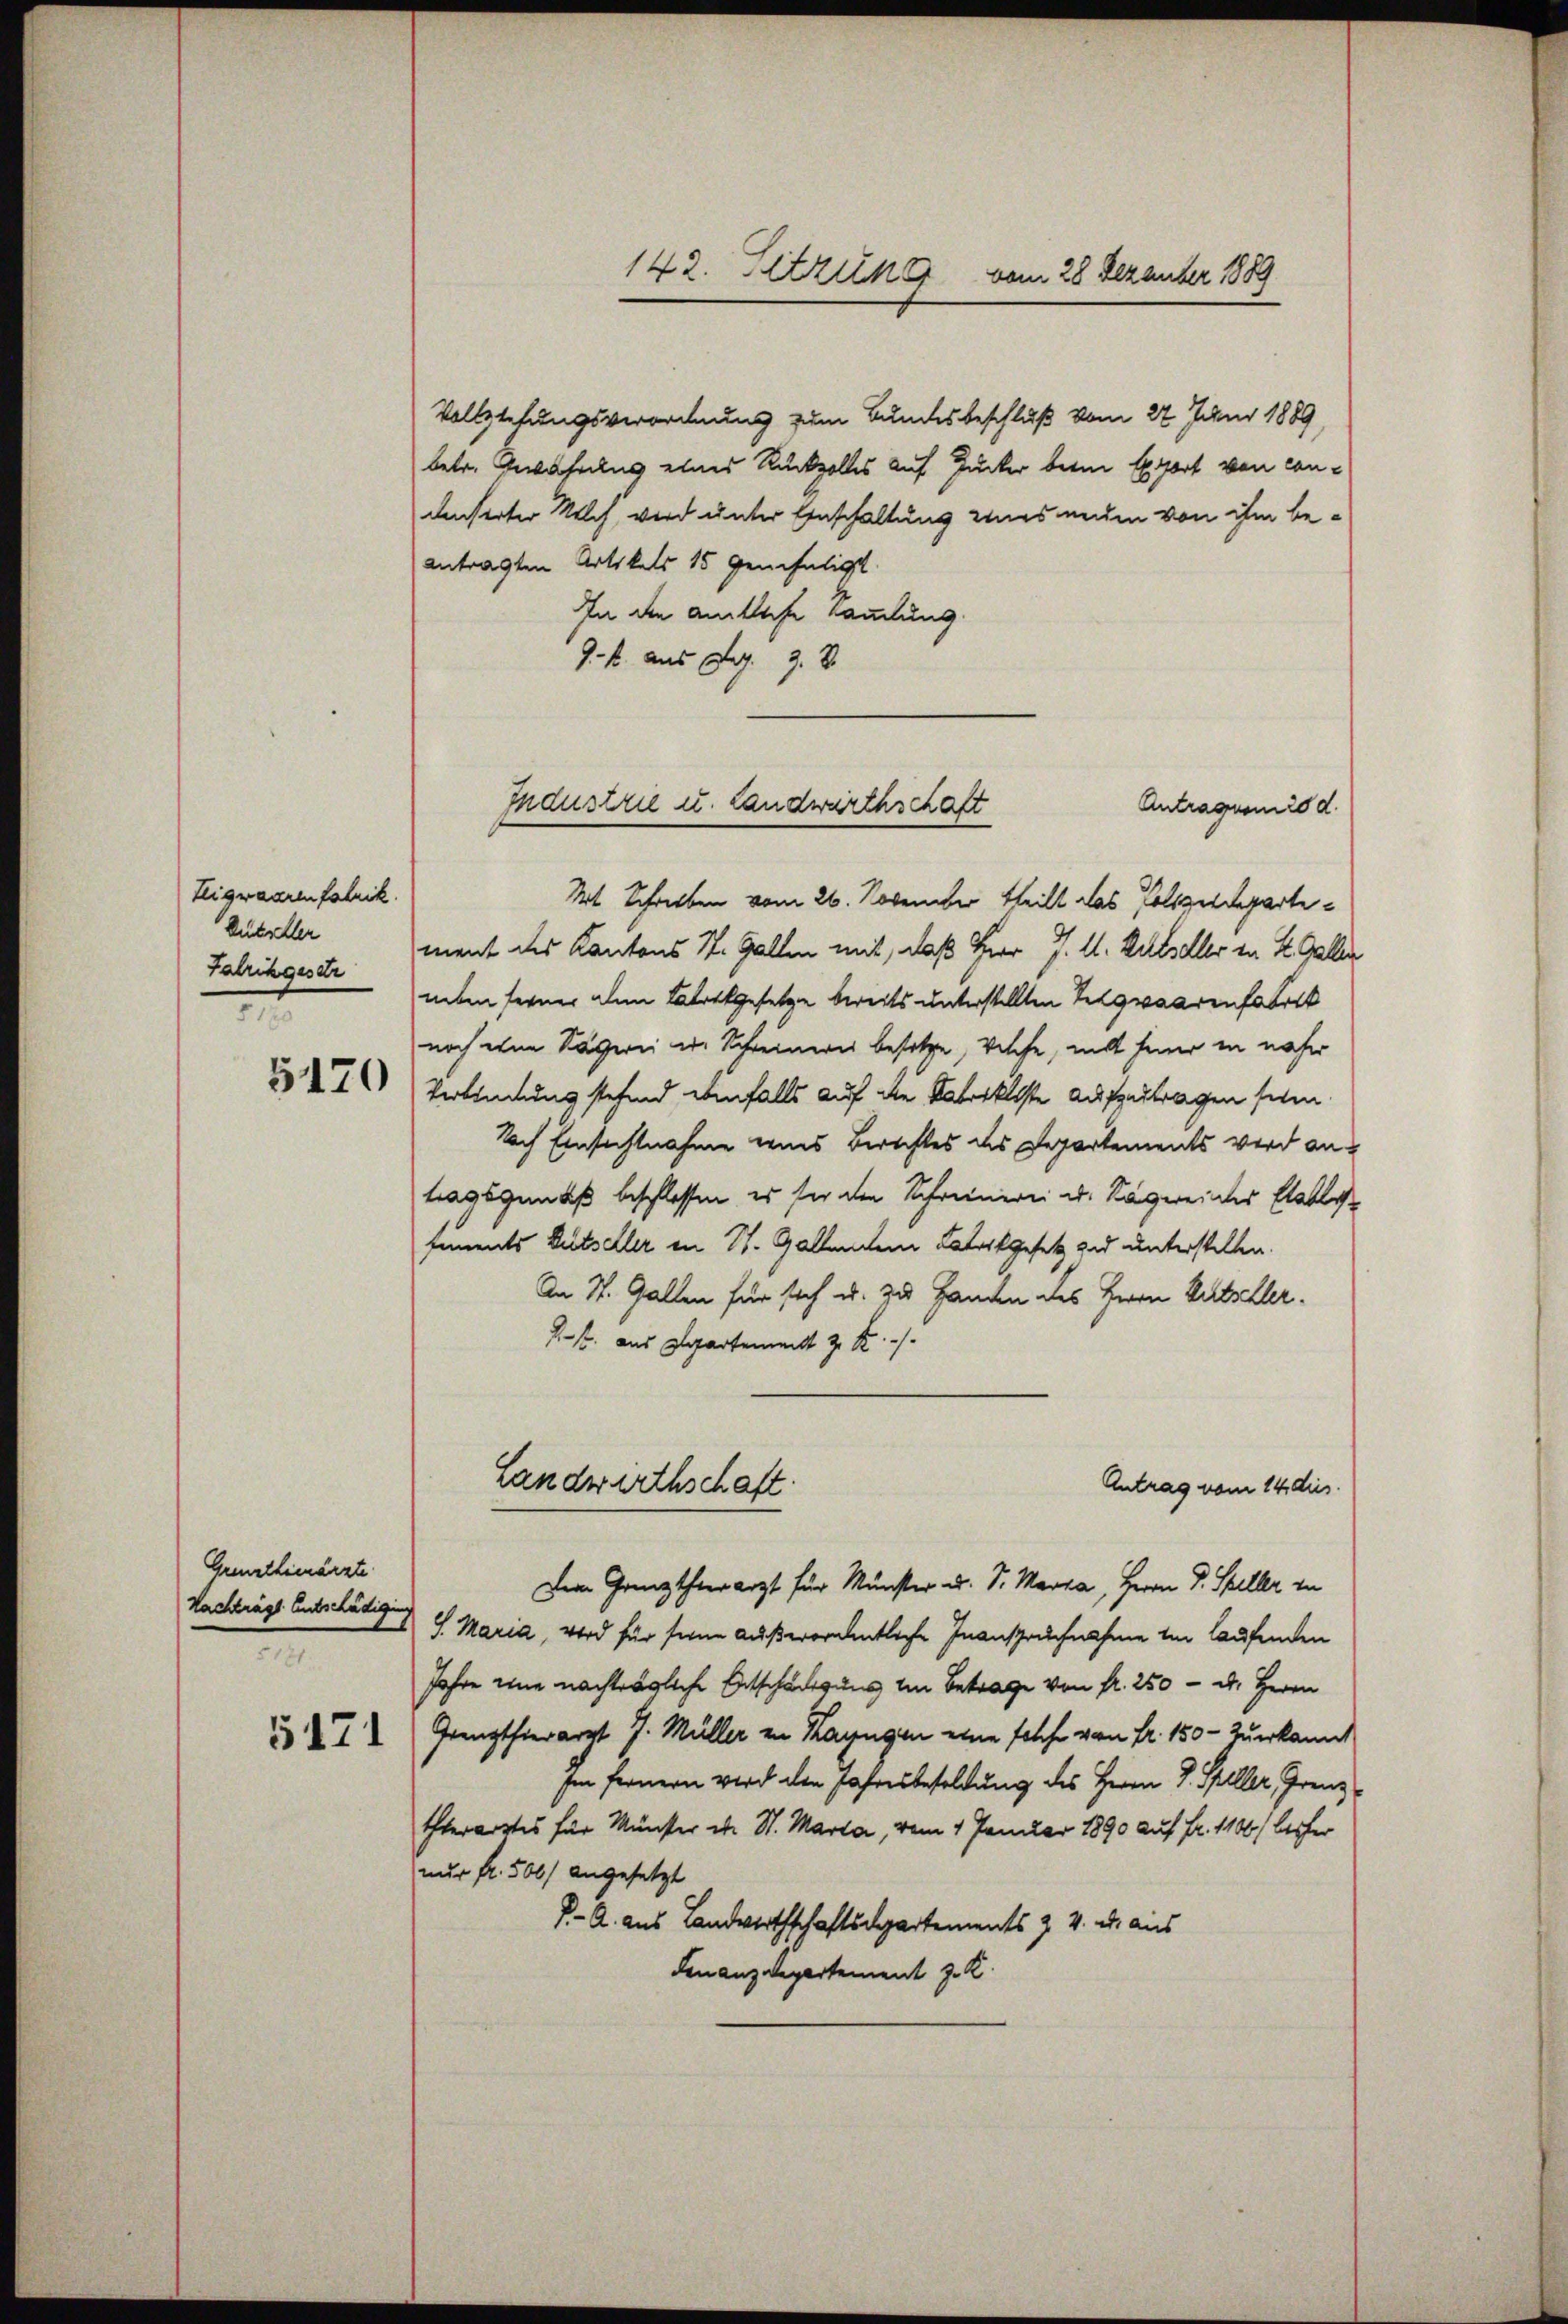
Teigwaarenfabrik.
Auteller
Fabrikgesetz
.

5170

Grenzthimärzte
Nachträgt Entschädigun
5181
5171

Vollziehungsverordnung zum Bundesbeschluß vom 22. Juni 1889,
betr. Gewahrung eines Rückzolles auf Zucker beim Export von conunserter Milch, wird unter Anschaltung uns num von ihm beantragten Artikels 15 genehmigt.
In die amtliche Sammlung.
9. k. aus Aug. 3. 8
Antragsonis d.
Kt. Schreiben vom 26. November theilt das Polzespartement des Kantons St. Gallen mit, daß Herr J. A. Kulsdler in St. Galler
neben ferner den Fabrikgesetze bereits unterstellten Teigwaarenfabrik
noch eine Sägerei u. Schreinern besetze, welche, mit feine in naher
Verbindung stehend einfalls auf die Fabrikiste aufzertragen sein
Nach Einsichtnahme eines Berechtes des Departements wird antragsgemäß beschlossen, es sei den Schreinerei u. Sagereines Etabli
femments Gutseler in St. Gallendem Labortgesetz und unterstellen.
An St. Gallen für sich u. zu Handen des Herrn Patzeller¬
Kk. aus Departement z. B.
Landwirthschaft.
Antrag vom 14. dies
Dem Grenztheer arzt für Münster u. S. Maria, Herrn Dr. Steller zu
S. Maria, wird für seine außerordentliche Inanspruchnahme in laufenden
Jahre eine nachträgliche Entschädigung in Betrage von fr. 250 - u. Herrn
Grenzthierarzt J. Müller in Kayngen eine solche von Fr. 150 - Zuerkannt
Im fernern wird den Jahresbesoldung des Herrn J. Spiller, Grenz
thterartes für Münster d. St. Marta, vom 1 Januar 1890 auf Fr. 1100 bisher
nur fr. 500) angesetzt
K. A. aus Landwirthschaftsdepartements z. v. u. aus
Finanzdepartement z. K.

Industrie u. Landwirthschaft

142. Sitzung vom 28 Dezember 1889